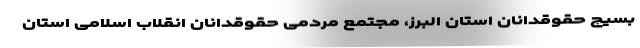
بسیج حقوقدانان استان البرز، مجتمع مردمی حقوقدانان انقلاب اسلامی استان